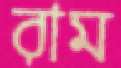
রাম